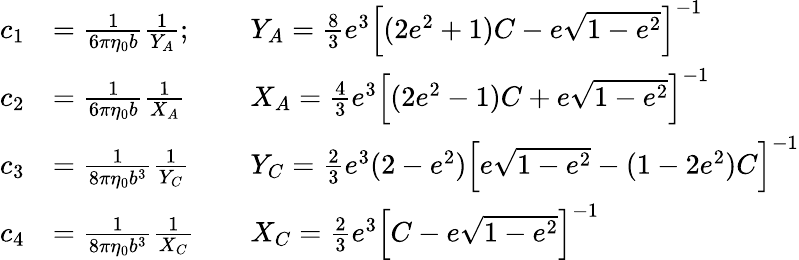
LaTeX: \begin{array}{rlrl}{c_{1}}&{=\frac{1}{6\pi\eta_{0}b}\frac{1}{Y_{A}};}&&{Y_{A}=\frac{8}{3}e^{3}\left[(2e^{2}+1)C-e\sqrt{1-e^{2}}\right]^{-1}}\\ {c_{2}}&{=\frac{1}{6\pi\eta_{0}b}\frac{1}{X_{A}}}&&{X_{A}=\frac{4}{3}e^{3}\left[(2e^{2}-1)C+e\sqrt{1-e^{2}}\right]^{-1}}\\ {c_{3}}&{=\frac{1}{8\pi\eta_{0}b^{3}}\frac{1}{Y_{C}}}&&{Y_{C}=\frac{2}{3}e^{3}(2-e^{2})\left[e\sqrt{1-e^{2}}-(1-2e^{2})C\right]^{-1}}\\ {c_{4}}&{=\frac{1}{8\pi\eta_{0}b^{3}}\frac{1}{X_{C}}}&&{X_{C}=\frac{2}{3}e^{3}\left[C-e\sqrt{1-e^{2}}\right]^{-1}}\end{array}